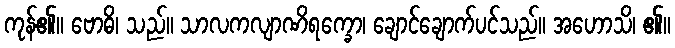
ကုန်၏။ ဗောဓိ၊ သည်။ သာလကလျာဏိရက္ခော၊ ချောင်ချောက်ပင်သည်။ အဟောသိ၊ ၏။